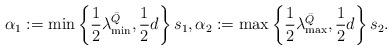
LaTeX: \begin{align*} \alpha_1 := \min\left\{\frac{1}{2}\lambda_{\min}^{\bar{Q}} , \frac{1}{2}d\right\}s_1,\alpha_2 := \max\left\{\frac{1}{2}\lambda_{\max}^{\bar{Q}}, \frac{1}{2}d\right\}s_2. \end{align*}